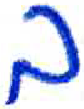
אות: ב